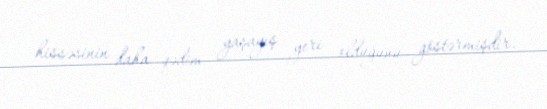
hissəsinin daha qədim yaşayış yeri olduğunu göstərmişdir.